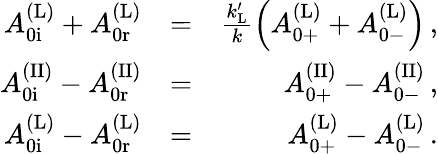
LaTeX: \begin{array}{rlr}{A_{\mathrm{0i}}^{\mathrm{(L)}}+A_{\mathrm{0r}}^{\mathrm{(L)}}}&{=}&{\frac{k_{\mathrm{L}}^{\prime}}{k}\left(A_{\mathrm{0+}}^{\mathrm{(L)}}+A_{\mathrm{0-}}^{\mathrm{(L)}}\right)\, ,}\\ {A_{\mathrm{0i}}^{\mathrm{(II)}}-A_{\mathrm{0r}}^{\mathrm{(II)}}}&{=}&{A_{\mathrm{0+}}^{\mathrm{(II)}}-A_{\mathrm{0-}}^{\mathrm{(II)}}\, ,}\\ {A_{\mathrm{0i}}^{\mathrm{(L)}}-A_{\mathrm{0r}}^{\mathrm{(L)}}}&{=}&{A_{\mathrm{0+}}^{\mathrm{(L)}}-A_{\mathrm{0-}}^{\mathrm{(L)}}\, .}\end{array}